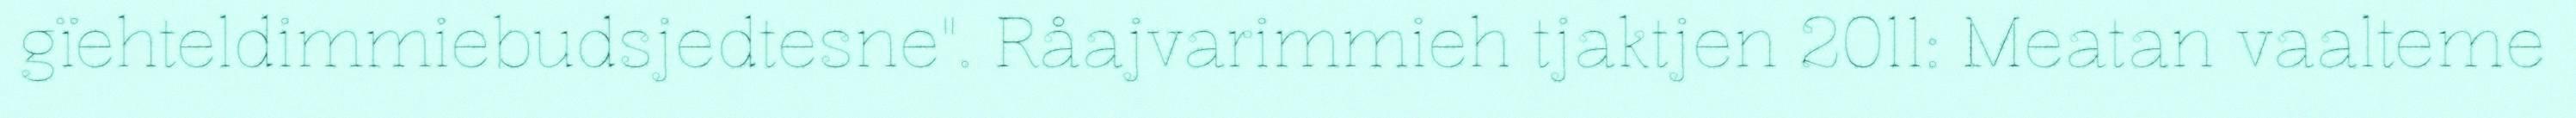
gïehteldimmiebudsjedtesne". Råajvarimmieh tjaktjen 2011: Meatan vaalteme